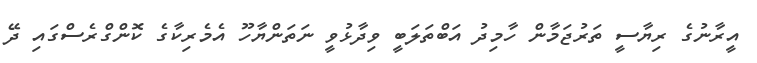
އީރާނުގެ ރިޔާސީ ތަރުޖަމާން ހާމިދު އަބްތަލަބީ ވިދާޅުވީ ނަތަންޔާހޫ އެމެރިކާގެ ކޮންގްރެސްގައި ދޭ